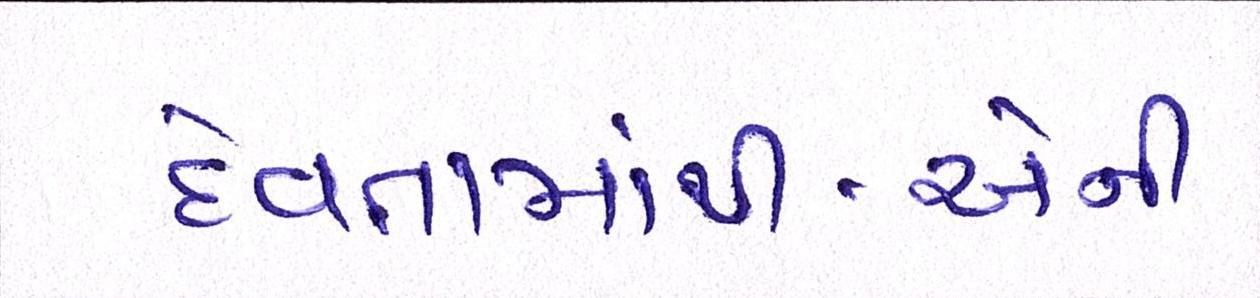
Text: દેવતામાંથી-એની